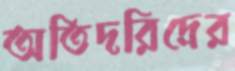
অতিদরিদ্রের